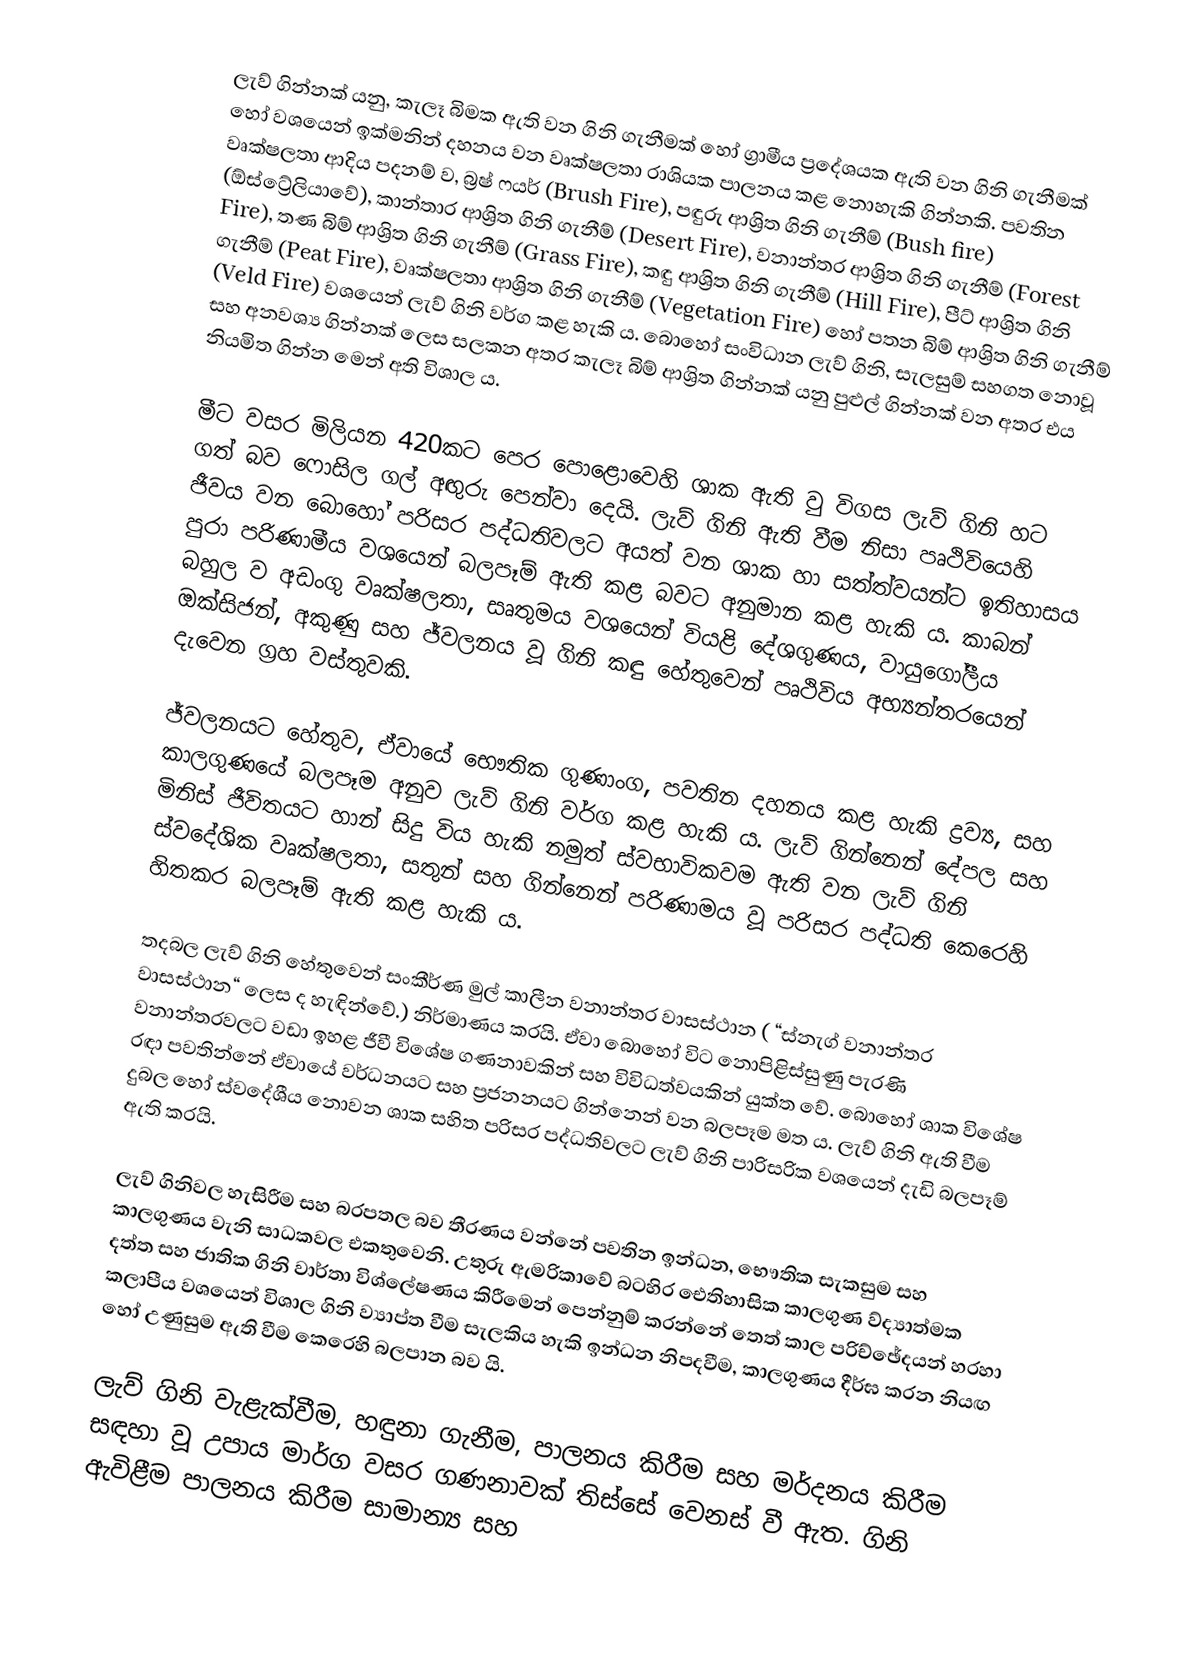
ලැව් ගින්නක් යනු, කැලෑ බිමක ඇති වන ගිනි ගැනීමක් හෝ ග්‍රාමීය ප්‍රදේශයක ඇති වන ගිනි ගැනීමක් හෝ වශයෙන් ඉක්මනින් දහනය වන වෘක්ෂලතා රාශියක පාලනය කළ නොහැකි ගින්නකි. පවතින වෘක්ෂලතා ආදිය පදනම් ව, බ්‍රෂ් ෆයර් (Brush Fire), පඳුරු ආශ්‍රිත ගිනි ගැනීම් (Bush fire) (ඕස්ට්‍රේලියාවේ), කාන්තාර ආශ්‍රිත ගිනි ගැනීම් (Desert Fire), වනාන්තර ආශ්‍රිත ගිනි ගැනීම් (Forest Fire), තණ බිම් ආශ්‍රිත ගිනි ගැනීම් (Grass Fire), කඳු ආශ්‍රිත ගිනි ගැනීම් (Hill Fire),  පීට් ආශ්‍රිත ගිනි ගැනීම් (Peat Fire), වෘක්ෂලතා ආශ්‍රිත ගිනි ගැනීම් (Vegetation Fire) හෝ පතන බිම් ආශ්‍රිත ගිනි ගැනීම් (Veld Fire) වශයෙන් ලැව් ගිනි වර්ග කළ හැකි ය. බොහෝ සංවිධාන ලැව් ගිනි, සැලසුම් සහගත නොවූ සහ අනවශ්‍ය ගින්නක් ලෙස සලකන අතර කැලෑ බිම් ආශ්‍රිත ගින්නක් යනු පුළුල් ගින්නක් වන අතර එය නියමිත ගින්න මෙන් අති විශාල ය.

මීට වසර මිලියන 420කට පෙර පොළොවෙහි ශාක ඇති වු විගස ලැව් ගිනි හට ගත් බව ෆොසිල ගල් අඟුරු පෙන්වා දෙයි. ලැව් ගිනි ඇති වීම නිසා පෘථිවියෙහි ජීවය වන බොහෝ පරිසර පද්ධතිවලට අයත් වන ශාක හා සත්ත්වයන්ට ඉතිහාසය පුරා පරිණාමීය වශයෙන් බලපෑම් ඇති කළ බවට අනුමාන කළ හැකි ය. කාබන් බහුල ව අඩංගු වෘක්ෂලතා, සෘතුමය වශයෙන් වියළි දේශගුණය, වායුගෝලීය ඔක්සිජන්, අකුණු සහ ජ්වලනය වූ ගිනි කඳු හේතුවෙන් පෘථිවිය අභ්‍යන්තරයෙන් දැවෙන ග්‍රහ වස්තුවකි.

ජ්වලනයට හේතුව, ඒවායේ භෞතික ගුණාංග, පවතින දහනය කළ හැකි ද්‍රව්‍ය, සහ කාලගුණයේ බලපෑම අනුව ලැව් ගිනි වර්ග කළ හැකි ය. ලැව් ගින්නෙන් දේපල සහ මිනිස් ජීවිතයට හාන් සිදු විය හැකි නමුත් ස්වභාවිකවම ඇති වන ලැව් ගිනි ස්වදේශික වෘක්ෂලතා, සතුන් සහ ගින්නෙන් පරිණාමය වූ පරිසර පද්ධති කෙරෙහි හිතකර බලපෑම් ඇති කළ හැකි ය.

තදබල ලැව් ගිනි හේතුවෙන් සංකීර්ණ මුල් කාලීන වනාන්තර වාසස්ථාන ( “ස්නැග් වනාන්තර වාසස්ථාන“ ලෙස ද හැඳින්වේ.) නිර්මාණය කරයි. ඒවා බොහෝ විට නොපිළිස්සුණු පැරණි වනාන්තරවලට වඩා ඉහළ ජීවී විශේෂ ගණනාවකින් සහ විවිධත්වයකින් යුක්ත වේ. බොහෝ ශාක විශේෂ රඳා පවතින්නේ ඒවායේ වර්ධනයට සහ ප්‍රජනනයට ගින්නෙන් වන බලපෑම මත ය. ලැව් ගිනි ඇති වීම දුබල හෝ ස්වදේශීය නොවන ශාක සහිත පරිසර පද්ධතිවලට ලැව් ගිනි පාරිසරික වශයෙන් දැඩි බලපෑම් ඇති කරයි.

ලැව් ගිනිවල හැසිරීම සහ බරපතල බව තීරණය වන්නේ පවතින ඉන්ධන, භෞතික සැකසුම සහ කාලගුණය වැනි සාධකවල එකතුවෙනි. උතුරු ඇමරිකාවේ බටහිර ඓතිහාසික කාලගුණ ව්ද්‍යාත්මක දත්ත සහ ජාතික ගිනි වාර්තා විශ්ලේෂණය කිරීමෙන් පෙන්නුම් කරන්නේ තෙත් කාල පරිච්ඡේදයන් හරහා කලාපීය වශයෙන් විශාල ගිනි ව්‍යාප්ත වීම සැලකිය හැකි ඉන්ධන නිපදවීම, කාලගුණය දීර්ඝ කරන නියඟ හෝ උණුසුම ඇති වීම කෙරෙහි බලපාන බව යි.

ලැව් ගිනි වැළැක්වීම, හඳුනා ගැනීම, පාලනය කිරීම සහ මර්දනය කිරීම සඳහා වූ උපාය මාර්ග වසර ගණනාවක් තිස්සේ වෙනස් වී ඇත. ගිනි ඇවිළීම පාලනය කිරීම සාමාන්‍ය සහ